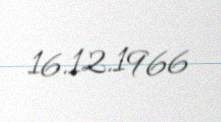
16.12.1966